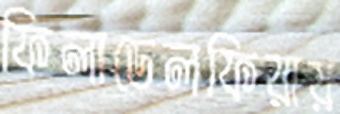
ফিলাডেলফিয়ায়